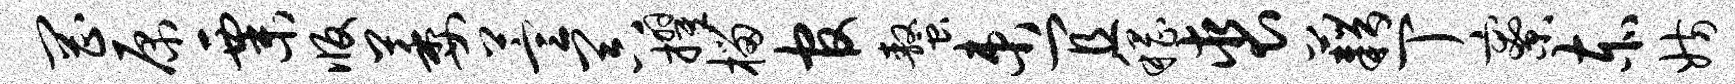
罔原粟版萎萱器擢榴官螯束宜稽裘藉丁寮赤妨